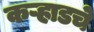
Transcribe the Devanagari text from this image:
कऱ्हाडचे